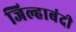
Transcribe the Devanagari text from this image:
जिल्हाबंदी